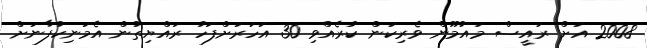
2008 އަށް ރައީސް މައުމޫން ވެރިކަން ކުރެއްވި 30 އަހަރަށްފަހު ރައްޔިތުން އެމަނިކުފާނަށް